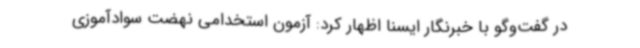
در گفت‌وگو با خبرنگار ایسنا اظهار کرد: آزمون استخدامی نهضت سوادآموزی